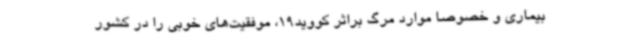
بیماری و خصوصا موارد مرگ براثر کووید19، موفقیت‌های خوبی را در کشور